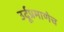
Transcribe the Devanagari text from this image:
उर्दूप्रमाणेच